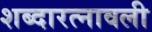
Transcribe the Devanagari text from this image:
शब्दारत्नावली